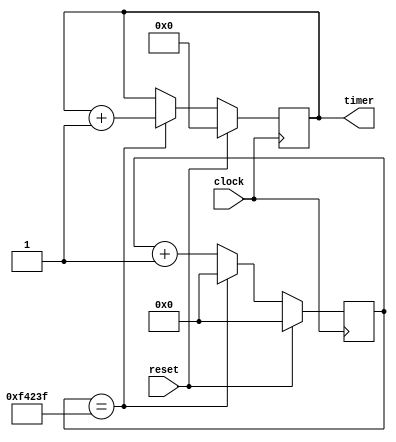
module timer (
  input clock,
  input reset,
  output [3:0] timer
);

  reg [3:0] timer_reg;
  reg [19:0] counter_reg;

  // sequential
  always @ (posedge clock) begin
    if (reset) begin
      timer_reg <= 4'b0;
      counter_reg <= 20'b0;
    end else begin
      if (counter_reg == 20'd999999) begin
        timer_reg <= timer_reg + 4'b1;
        counter_reg <= 20'b0;
      end else begin
        counter_reg <= counter_reg + 20'b1;
      end
    end
  end

  // combinatorial
  assign timer = timer_reg;

endmodule